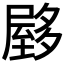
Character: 𰎃